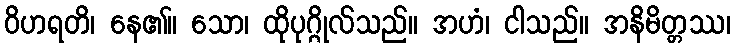
ဝိဟရတိ၊ နေ၏။ သော၊ ထိုပုဂ္ဂိုလ်သည်။ အဟံ၊ ငါသည်။ အနိမိတ္တဿ၊